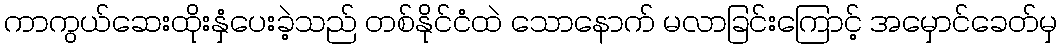
ကာကွယ်ဆေးထိုးနှံပေးခဲ့သည် တစ်နိုင်ငံထဲ သောနောက် မလာခြင်းကြောင့် အမှောင်ခေတ်မှ